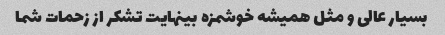
بسیار عالی و مثل همیشه خوشمزه بینهایت تشکر از زحمات شما